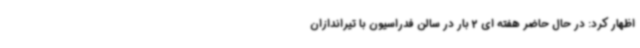
اظهار کرد: در حال حاضر هفته ای 2 بار در سالن فدراسیون با تیراندازان